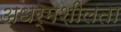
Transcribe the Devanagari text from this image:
अधर्मशीलता